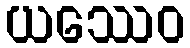
ယဿေဝ